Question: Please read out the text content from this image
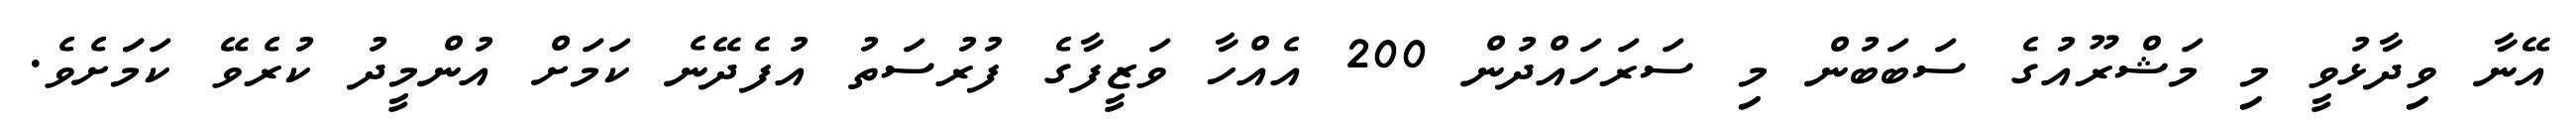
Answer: އޭނާ ވިދާޅުވީ މި މަޝްރޫއުގެ ސަބަބުން މި ސަރަހައްދުން 200 އެއްހާ ވަޒީފާގެ ފުރުސަތު އުފެދޭނެ ކަމަށް އުންމީދު ކުރެވޭ ކަމަަށެވެ.